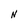
Character: N